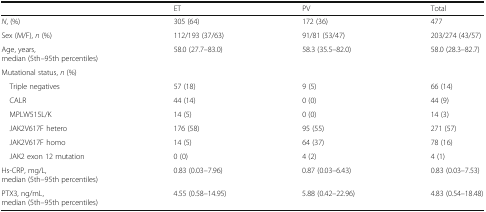
<table><thead><tr><td></td><td><b>ET</b></td><td><b>PV</b></td><td><b>Total</b></td></tr></thead><tbody><tr><td><i>N</i>, (%)</td><td>305 (64)</td><td>172 (36)</td><td>477</td></tr><tr><td>Sex (M/F), <i>n</i> (%)</td><td>112/193 (37/63)</td><td>91/81 (53/47)</td><td>203/274 (43/57)</td></tr><tr><td>Age, years,median (5th–95th percentiles)</td><td>58.0 (27.7–83.0)</td><td>58.3 (35.5–82.0)</td><td>58.0 (28.3–82.7)</td></tr><tr><td colspan="4">Mutational status, <i>n</i> (%)</td></tr><tr><td> Triple negatives</td><td>57 (18)</td><td>9 (5)</td><td>66 (14)</td></tr><tr><td> CALR</td><td>44 (14)</td><td>0 (0)</td><td>44 (9)</td></tr><tr><td> MPLW515L/K</td><td>14 (5)</td><td>0 (0)</td><td>14 (3)</td></tr><tr><td> JAK2V617F hetero</td><td>176 (58)</td><td>95 (55)</td><td>271 (57)</td></tr><tr><td> JAK2V617F homo</td><td>14 (5)</td><td>64 (37)</td><td>78 (16)</td></tr><tr><td> JAK2 exon 12 mutation</td><td>0 (0)</td><td>4 (2)</td><td>4 (1)</td></tr><tr><td>Hs-CRP, mg/L,median (5th–95th percentiles)</td><td>0.83 (0.03–7.96)</td><td>0.87 (0.03–6.43)</td><td>0.83 (0.03–7.53)</td></tr><tr><td>PTX3, ng/mL,median (5th–95th percentiles)</td><td>4.55 (0.58–14.95)</td><td>5.88 (0.42–22.96)</td><td>4.83 (0.54–18.48)</td></tr></tbody></table>